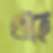
থাহে